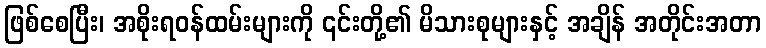
ဖြစ်စေပြီး၊ အစိုးရဝန်ထမ်းများကို ၎င်းတို့၏ မိသားစုများနှင့် အချိန် အတိုင်းအတာ